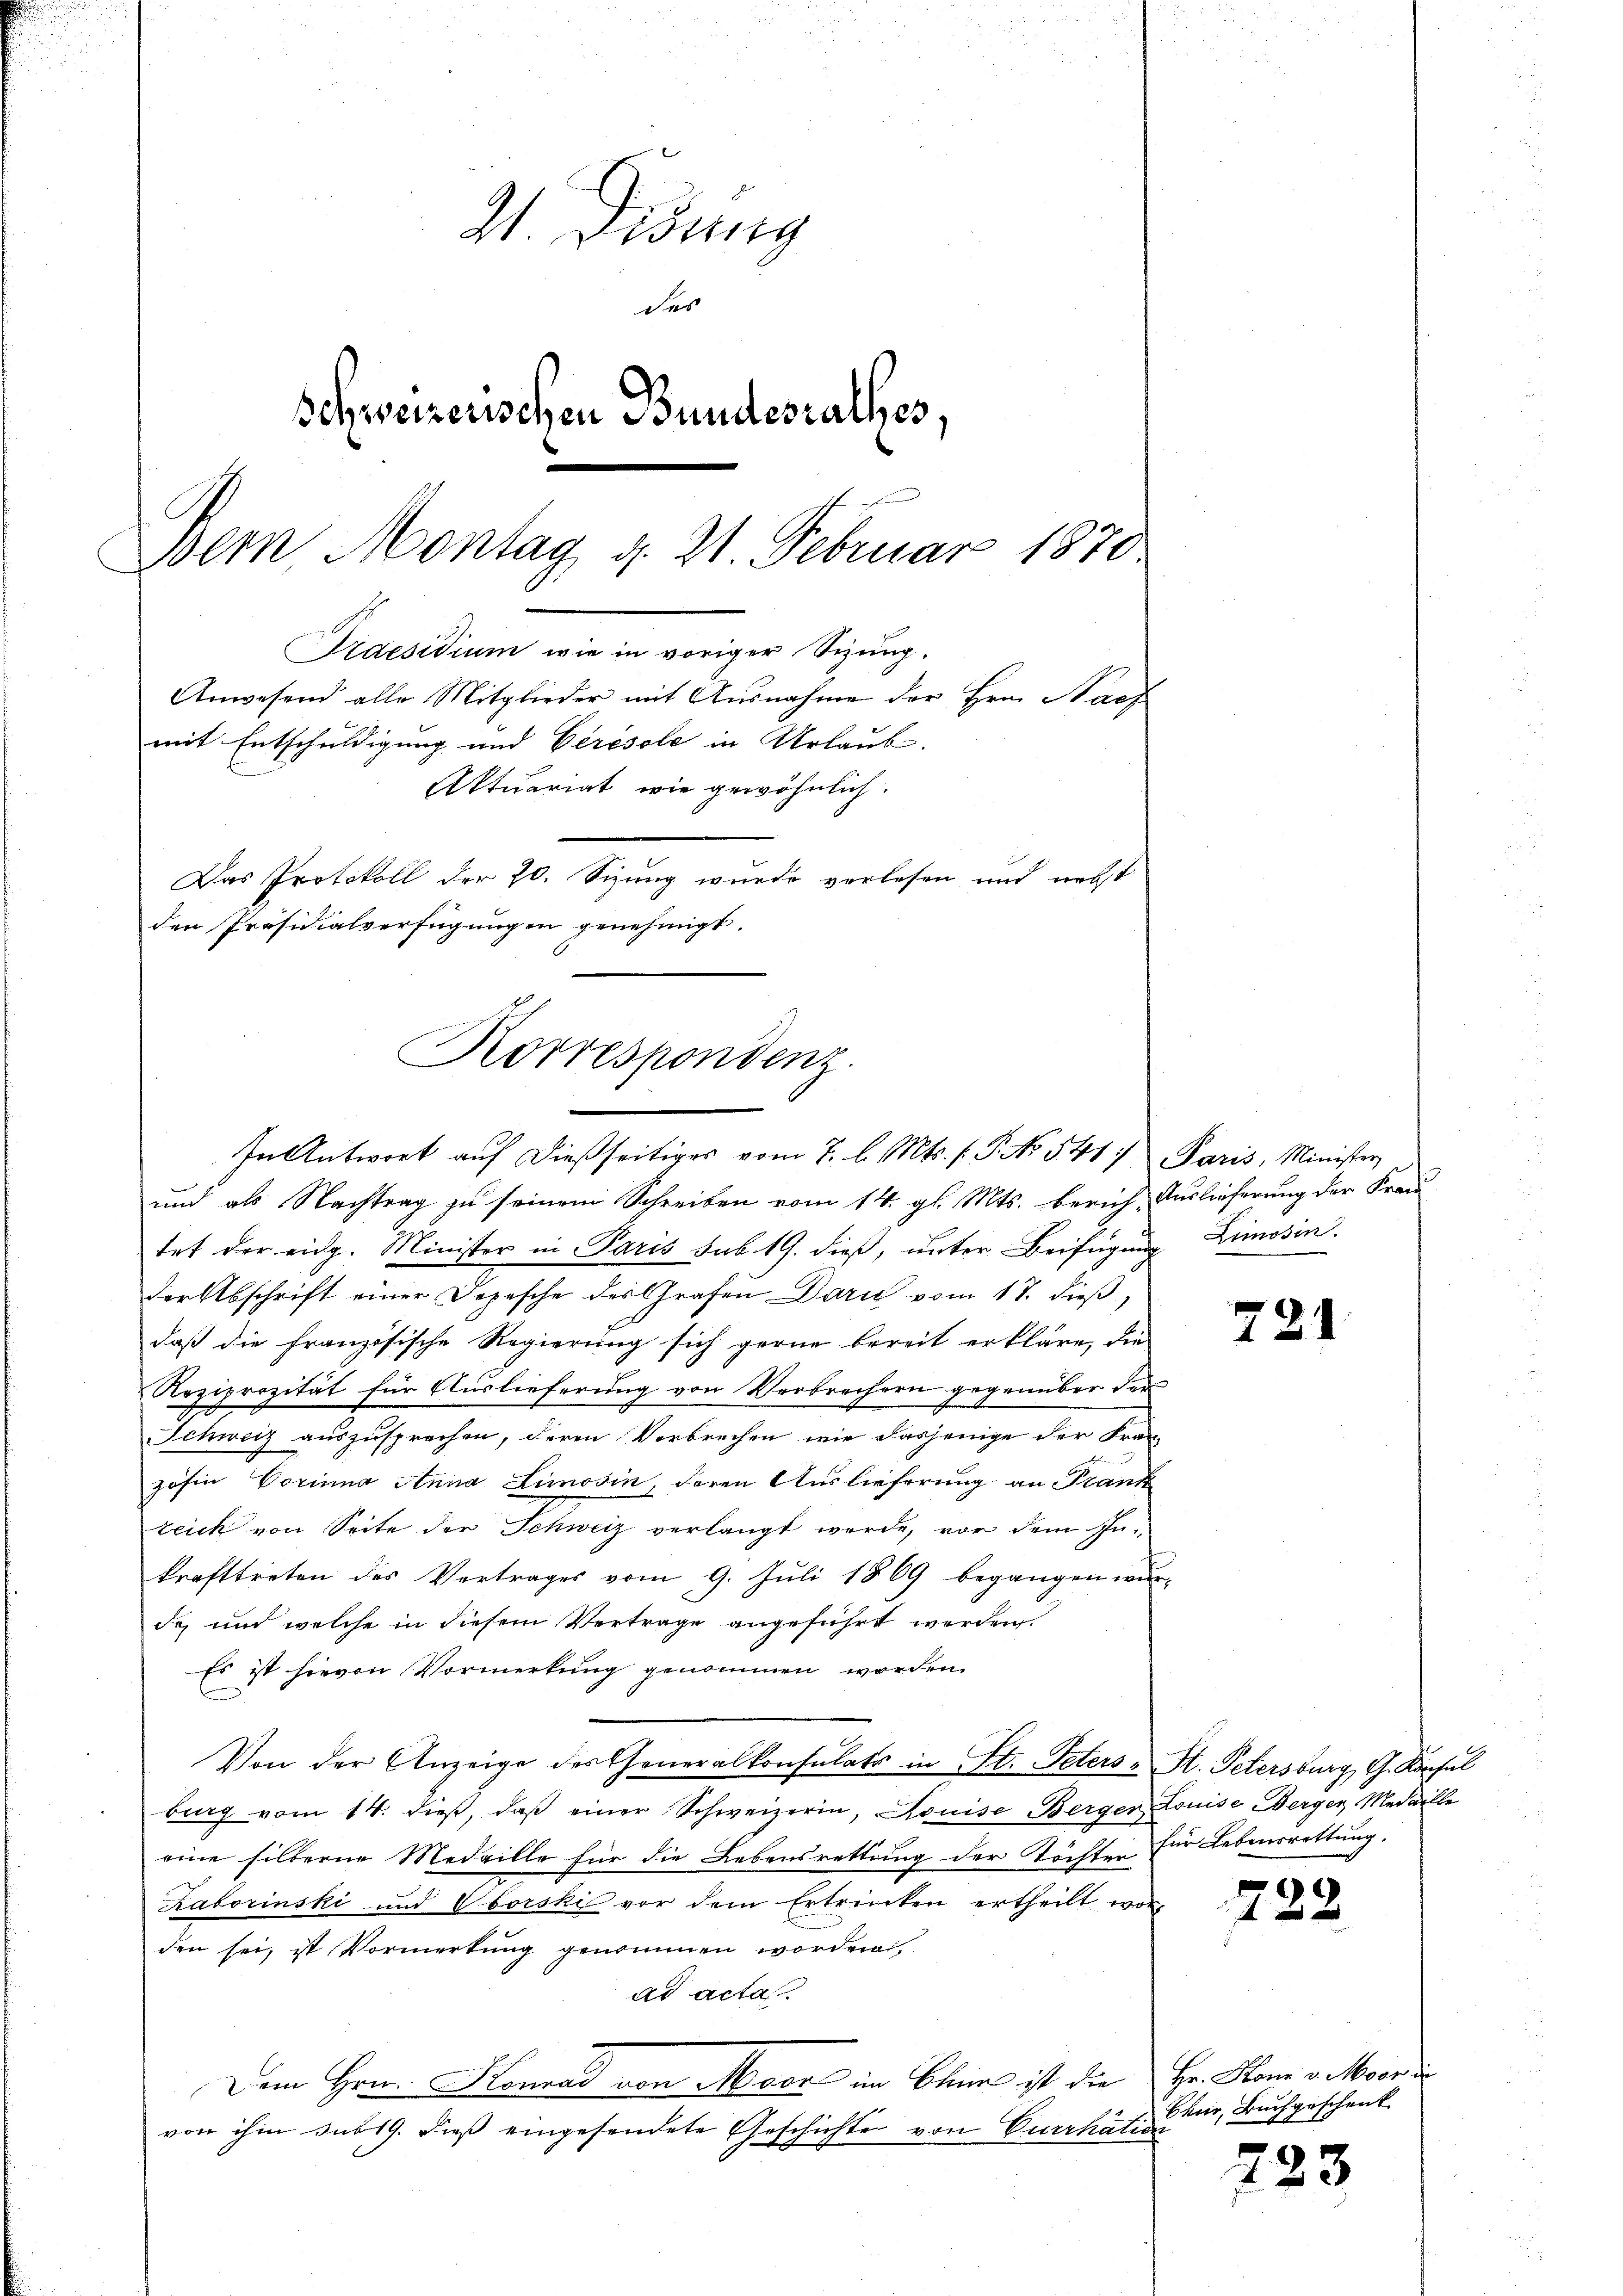
Z. Diszig
des
Schweizerischen Bundesrathes,
Bem Montag d. 21. Februar 1870
Praesidium wie in voriger Sizung.
Anwesend alle Mitglieder mit Ausnahme der Hrn. Nach
mit Entschuldigung und Cerosole in Urlaub.
Aktuariat wie gewöhnlich.
Das Protokoll der 20. Sizung wurde verlesen und nebst
den Präsidialverfügungen genehmigt.

und als Nachtrag zu seinem Schreiben vom 14. gl. Mts. berich, Auslieferung der Fran
tet der eidg. Minister in Paris sub 19. dieß, unter Beifügung Limosin
der Abschrift einer Depesche des Grafen Darn vom 17. dieß,
daß die französische Regierung sich gerne bereit erkläre, die
Reziprozität für Auslieferung von Verbrechern gegenüber der
Schweiz auszusprochen, deren Verbrechen wie dasjenige der Fran
zohin Vorinna Anna Limosin, deren Auslieferung an Frank
teich von Seite der Schweiz verlangt werde, vor dem In-
krafttreten des Vertrages vom 9. Juli 1869 begangen wur-
de, und welche in diesem Vertrage angeführt werden.
Es ist hievon Vormerkung genommen worden.
Von der Anzeige des Generalkonsulats in St. Petersburg vom 14. dieβ, daβ einer Schweizerin, Louise Berger Louise Berger Medaille
eine silberne Medaille für die Lebensrettung der Töchter für Lebensrettung,
Raborinski und Oborski vor dem Ertrinken ertheilt wor
den sei, ist Vormerkung genommen worden
ad acta
Dem Hrn. Konrad von Moor in Blein ist die Hr. Hom v. Moor u
von ihm sub 19. dieß eingesendete Geschichte von Currhátion

Korrespondenz.
In Antwort aŭf dießseitiges vom 7. l. Mts. f. P. No. 5417 Paris, Minister

2

4

St. Petersburg, G. Konsul

722.

Chur, Buchgeschenk

723